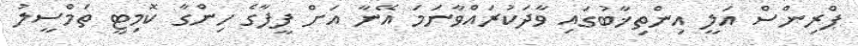
ޕްރިންސް އަލީ އިންތިޚާބުގައި ވާދަކުރައްވާނަމަ އޭނާ އަށް ފީފާގެ ހިންގާ ކޮމިޓީ ތަމްސީލު